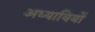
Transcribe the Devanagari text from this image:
अध्यायियों